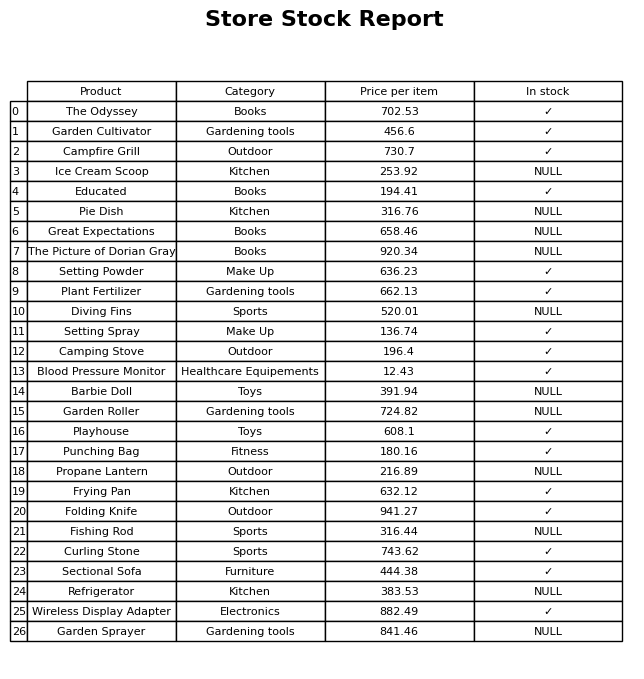
question: What is the price for Diving Fins?
answer: The price of Diving Fins is 520.01.